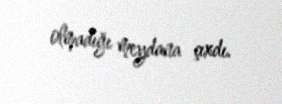
olmadığı meydana çıxdı.